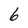
Character: 6